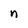
Character: n